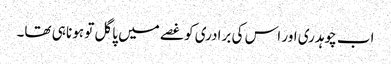
اب چوہدری اور اس کی برادری کو غصے میں پاگل تو ہونا ہی تھا۔